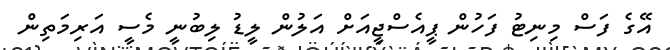
އޭގެ ފަސް މިނިޓު ފަހުން ޕީއެސްޖީއަށް އަލުން ލީޑު ލިބުނީ މެސީ އަރިމަތިން